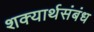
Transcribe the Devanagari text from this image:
शक्यार्थसंबंध